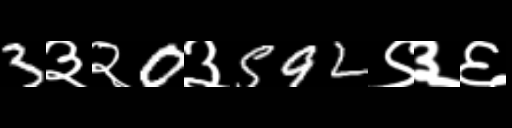
Text: 3३२0३592९३६